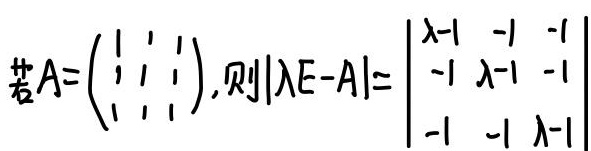
若\(A=\begin{pmatrix}
1 & 1 & 1 \\
1 & 1 & 1 \\
1 & 1 & 1
\end{pmatrix}\)，则\(|\lambda E - A|=\begin{vmatrix}
\lambda - 1 & -1 & -1 \\
-1 & \lambda - 1 & -1 \\
-1 & -1 & \lambda - 1
\end{vmatrix}\)